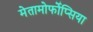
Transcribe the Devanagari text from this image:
मेतामोर्फोप्सिया